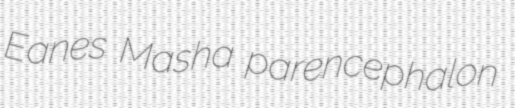
Eanes Masha parencephalon